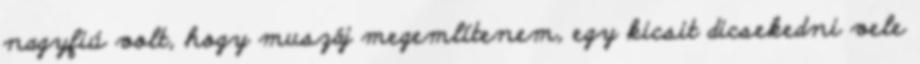
nagyfiú volt, hogy muszáj megemlítenem, egy kicsit dicsekedni vele